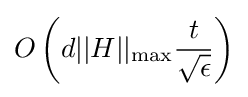
O\left(d||H||_{\rm {max}}{\frac {t}{\sqrt {\epsilon }}}\right)